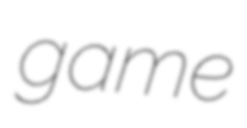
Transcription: game